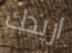
اريدك